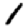
Digit: 1